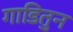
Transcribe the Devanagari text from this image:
गाडितुन